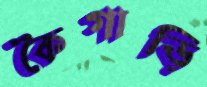
কৈগাড়ি